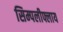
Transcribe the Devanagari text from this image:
सिम्पलीफ्लाय